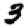
Digit: 3